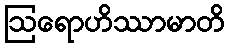
ဩရောဟိဿာမာတိ